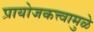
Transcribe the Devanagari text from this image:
प्रायोजकत्त्वामुळे